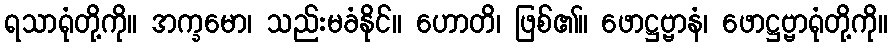
ရသာရုံတို့ကို။ အက္ခမော၊ သည်းမခံနိုင်။ ဟောတိ၊ ဖြစ်၏။ ဖောဋ္ဌဗ္ဗာနံ၊ ဖောဋ္ဌဗ္ဗာရုံတို့ကို။